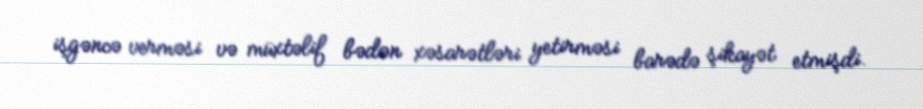
işgəncə verməsi və müxtəlif bədən xəsarətləri yetirməsi barədə şikayət etmişdi.